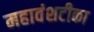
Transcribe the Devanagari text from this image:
महावंशटीका